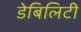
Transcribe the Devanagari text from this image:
डेबिलिटी